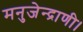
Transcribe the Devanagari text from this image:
मनुजेन्द्राणी।